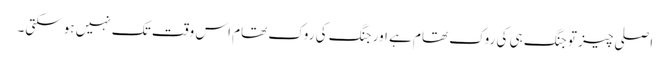
اصلی چیز تو جنگ ہی کی روک تھام ہے اور جنگ کی روک تھام اس وقت تک نہیں ہوسکتی۔